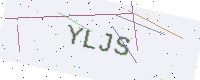
Text: YLJS